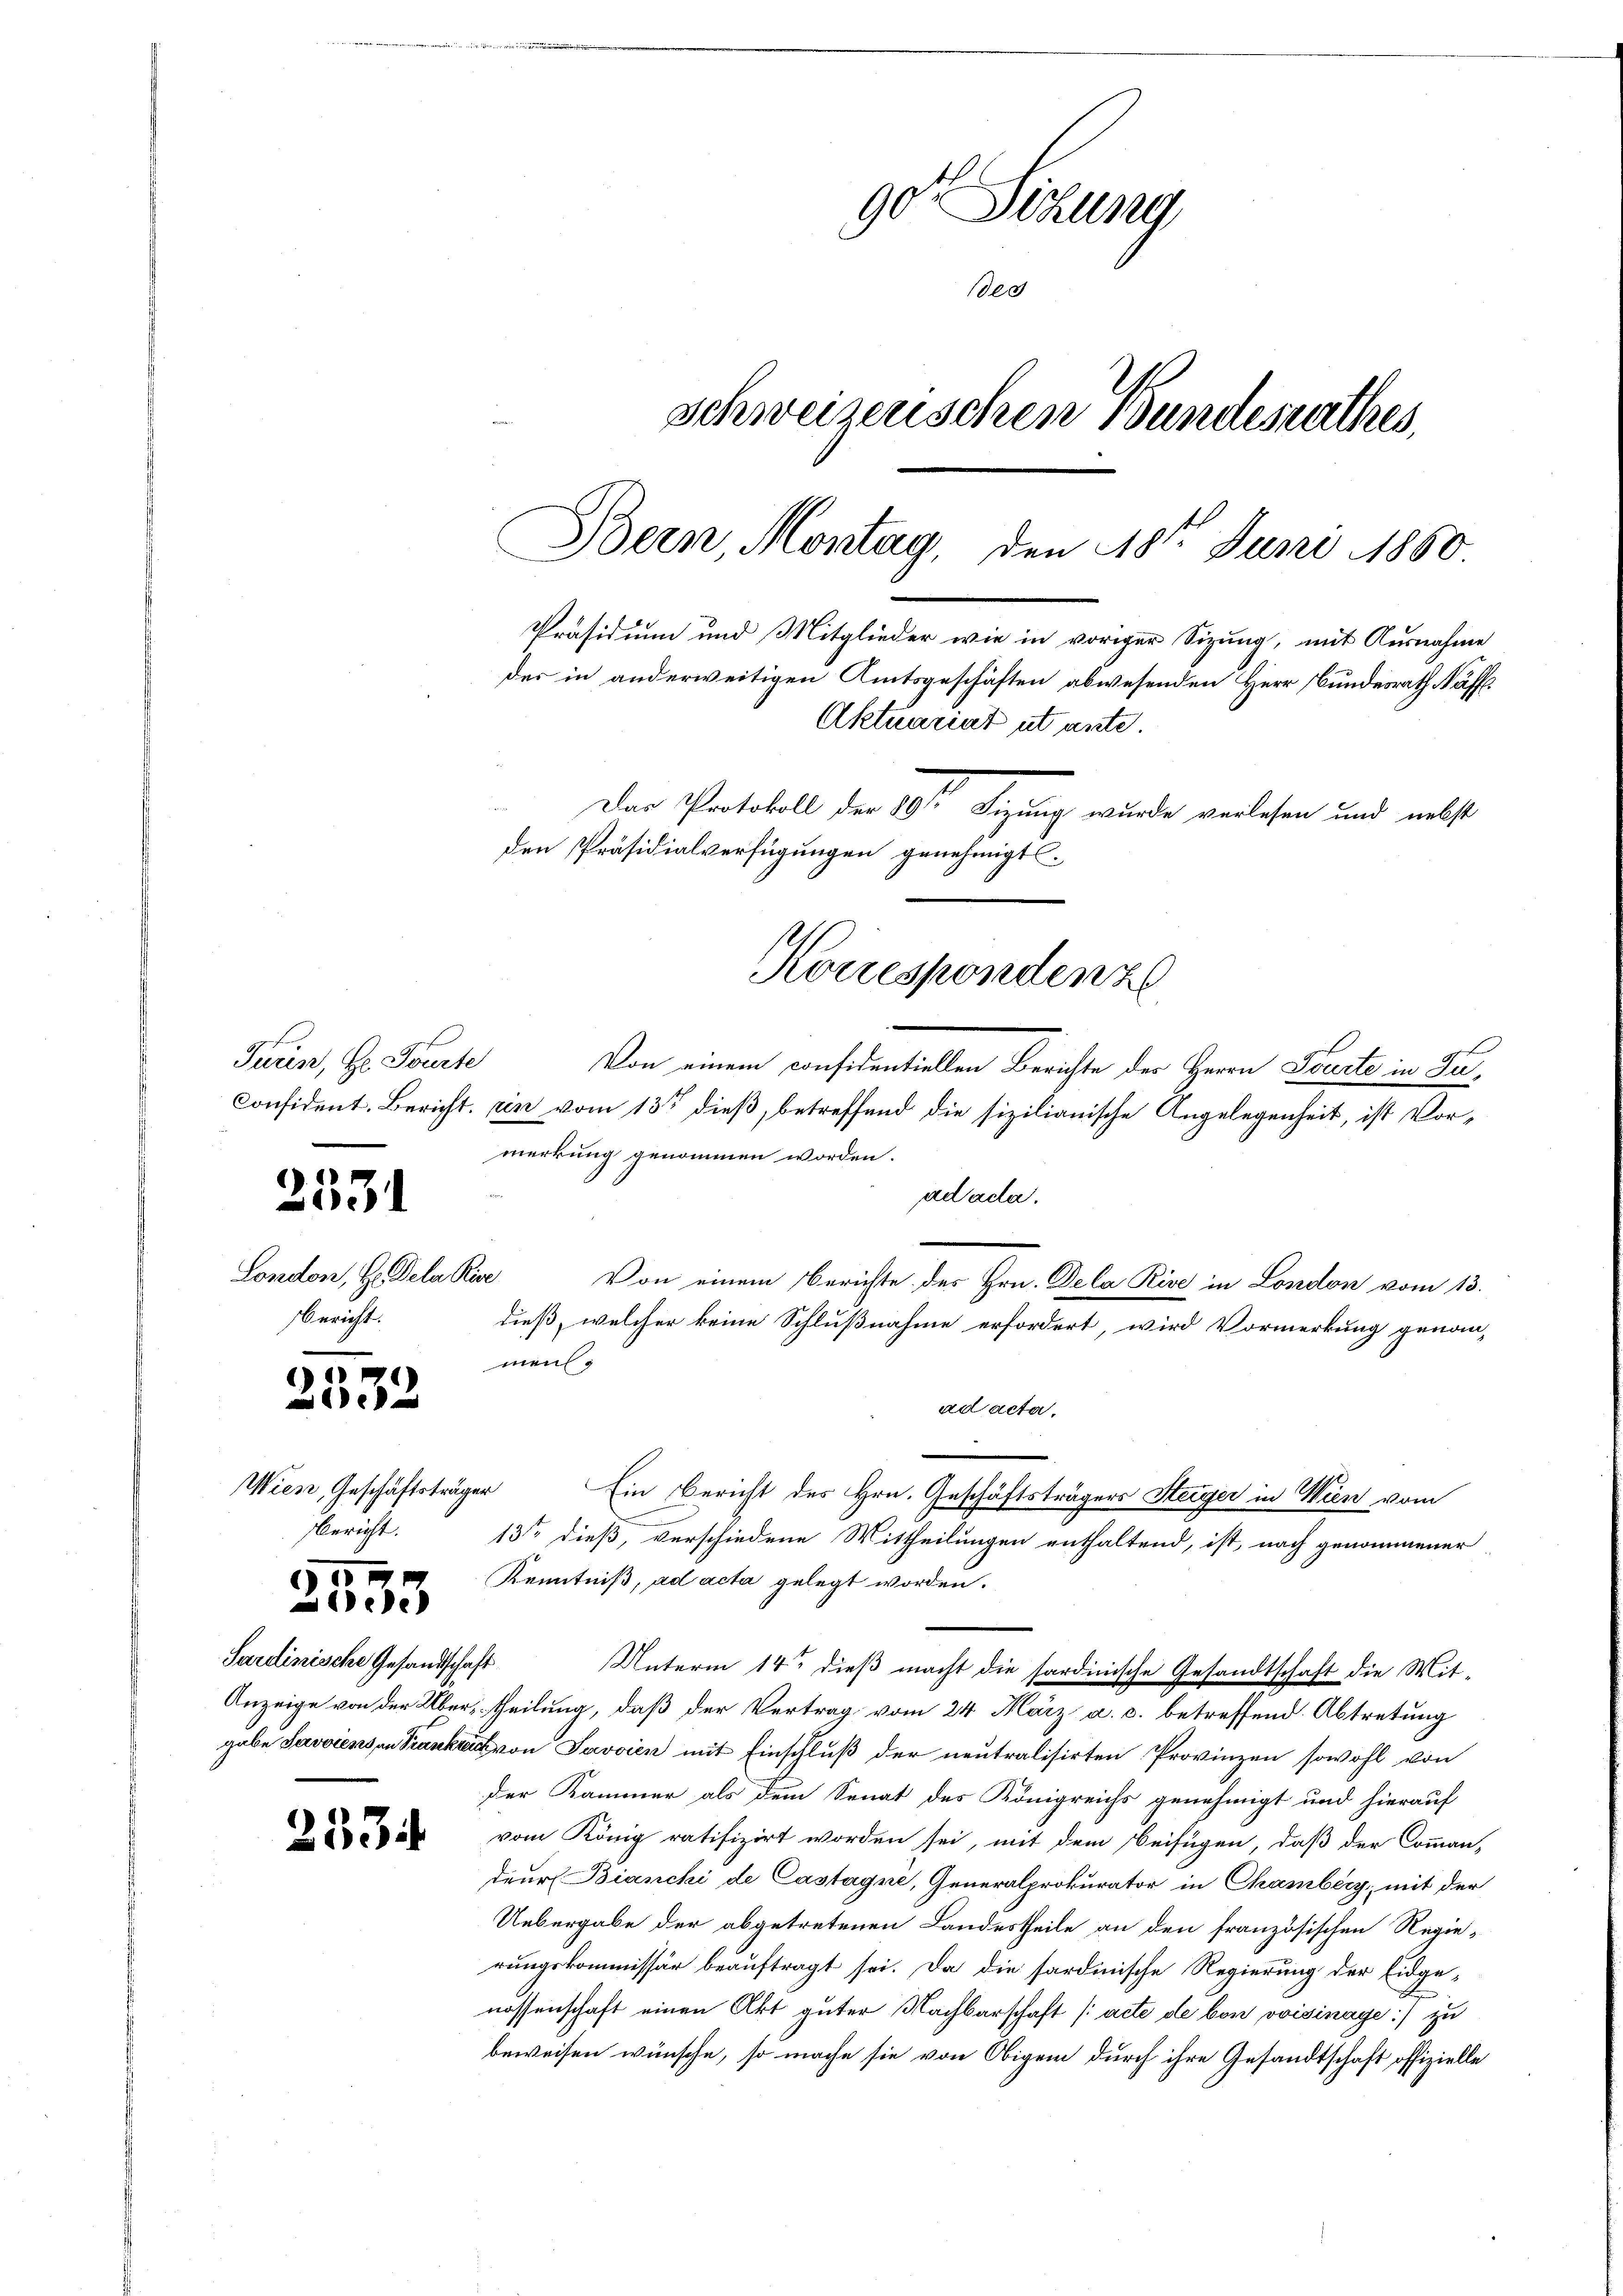
Turin, Hr. Tourte

2531

London, Hr. Dela Pice
bericht.

2532

Wien, Geschäftsträger
Bericht.

Gom
ede

Sardinische Gesandtschaft

2334

90r Sitzung
eg
schweizerischen Bundesrathes,
Bern, Montag, den 18ten Juni 1860.
Präsidium und Mitglieder wie in voriger Sizung, mit Ausnahme
des in anderweitigen Amtsgeschäften abwesenden Herr Bundesrath Raffl.
Aktuariat ut ante.
Das Protokoll der 20ste Sitzung wurde verlesen und nebst
den Präsidialverfügungen genehmigt
Korrespondenz

Von einem considentiellen Berichte der Herrn Doucte in Zu¬
Consident. Bericht ein vom 13ten dieß, betreffend die sizilianische Angelegenheit, ist Vormerkung genommen worden.
ad acta.
—
Von einem Berichte des Hrn. Dela Rive in London vom 13.
dieß, welcher keine Schlußnahme erfordert, wird Vormerkung genom-
mang
ad acta.
Ein Bericht des Hrn. Geschäftsträgers Steiger in Wien vom
13ste dieß, verschiedene Mittheilungen enthaltend, ist, nach genommener
Kenntniß, ad acta gelegt worden.
Unterm 14ten dieß macht die sardinische Gesandtschaft die Mit-
Anzeige von der Übertheilung, daß der Vertrag vom 24. März a. c. betreffend Abtretung
gabe Javviens an Krankreich von Savvien mit Einschluß der neutralisirten Provinzen sowohl von
der Kammer als dem Senat des Königreichs genehmigt und hierauf
vom König ratifizirt worden sei, mit dem Beifügen, daß der Comman-
deur Bianchi de Castagne, Generalprokurator in Chamberg, mit der
Uebergabe der abgetretenen Landestheile an den französischen Regierungskommissär beauftragt sei. Da die sardinische Regierung der Eidge-
nossenschaft einen Akt guter Nachbarschaft (acte de bon voisinage :/ zu
beweisen wünsche, so mache sie von Obigem durch ihre Gesandtschaft offizielle